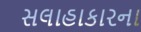
સલાહાકારના